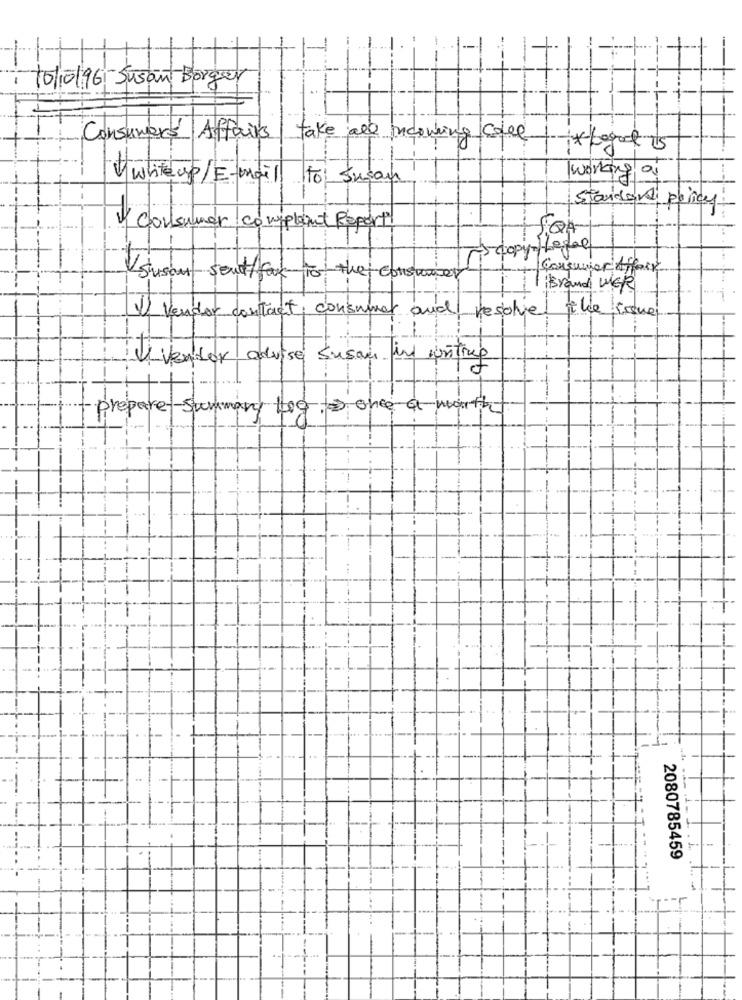
-
10/10/96-Susant Borger
Consumers Affairs
take all incoming calle
** bogart 5
Vwhiteup/E-mail
to Susan
1479
Standen pancy
V Consumer complaint Reports
-5 copy- Legal
Consumer Affo
stusont send/ fax to the consume
Brand WER
11) Vendor contact
consumer and
Resolve
the issue
Vendor advise Susan and writing
preparet-summary 100
once a
month
2080785459